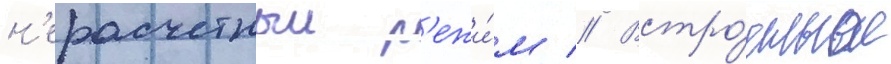
н'ерасчетныи р'ежи́м // Встро́енное